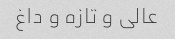
عالی و تازه و داغ